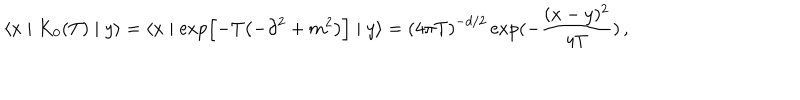
\langle x \mid K _ { 0 } ( T ) \mid y \rangle = \langle x \mid \exp \Bigl [ - T \bigl ( - { \partial } ^ { 2 } + m ^ { 2 } \bigr ) \Bigr ] \mid y \rangle = { ( 4 \pi T ) } ^ { - d / 2 } \exp ( - { \frac { ( x - y ) ^ { 2 } } { 4 T } } ) \, ,